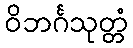
ဝိဘင်္ဂသုတ္တံ